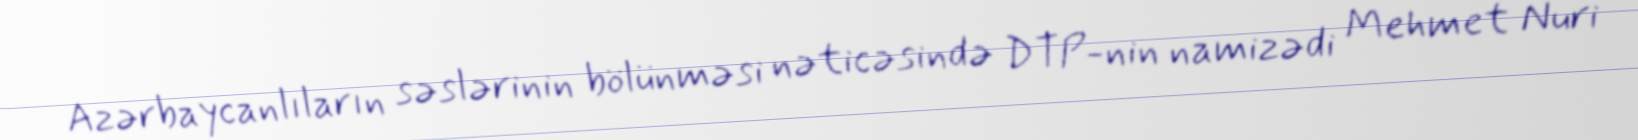
Azərbaycanlıların səslərinin bölünməsi nəticəsində DTP-nin namizədi Mehmet Nuri